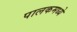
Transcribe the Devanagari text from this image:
पालकमध्ये